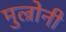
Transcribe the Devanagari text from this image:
मुल्रोनी